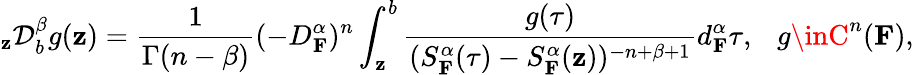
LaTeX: _{\mathbf{z}}\mathcal{{D}}_{b}^{\beta}g(\mathbf{z})=\frac{{1}}{{\Gamma(n-\beta)}}(-D_{\mathbf{{F}}}^{\alpha})^{n}\int_{\mathbf{z}}^{b}\frac{{g(\tau)}}{{(S_{\mathbf{{F}}}^{\alpha}(\tau)-S_{\mathbf{{F}}}^{\alpha}(\mathbf{z}))^{-n+\beta+1}}}d_{\mathbf{{F}}}^{\alpha}\tau,~~~g\inC^{n}(\mathbf{{F}}),